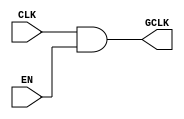
module clock_gating (
    input wire CLK,      // Primary clock signal
    input wire EN,       // Enable signal
    output wire GCLK     // Gated clock signal
);

// AND gate implementation for clock gating
assign GCLK = CLK & EN;

endmodule